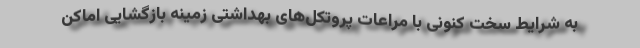
به شرایط سخت کنونی با مراعات پروتکل‌های بهداشتی زمینه بازگشایی اماکن